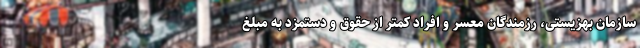
سازمان بهزیستی، رزمندگان معسر و افراد کمتر از حقوق و دستمزد به مبلغ